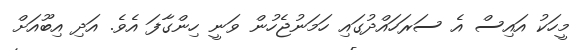
މީހަކު އައިސް އެ ސަރަހައްދުގައި ހަމަނުޖެހުން ވަނީ ހިންގާފަ އެވެ. އަދި އިބޫއަށް